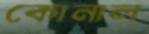
কোনাল